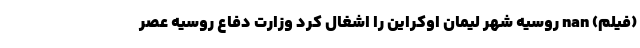
(فیلم) nan روسیه شهر لیمان اوکراین را اشغال کرد وزارت دفاع روسیه عصر